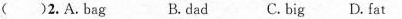
( )2.A. bag B.dad C.big D.fat